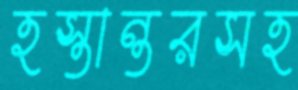
হস্তান্তরসহ